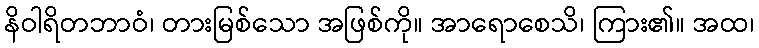
နိဝါရိတဘာဝံ၊ တားမြစ်သော အဖြစ်ကို။ အာရောစေသိ၊ ကြား၏။ အထ၊